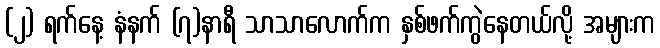
(၂) ရက်နေ့ နံနက် (၇)နာရီ သာသာလောက်က နှစ်ဖက်ကွဲနေတယ်လို့ အများက